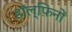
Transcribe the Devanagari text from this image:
डॉल्फ़िनों